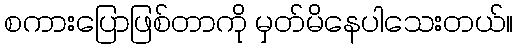
စကားပြောဖြစ်တာကို မှတ်မိနေပါသေးတယ်။